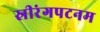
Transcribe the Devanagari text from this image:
स्रीरंगपटनम